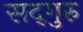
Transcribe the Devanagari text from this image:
सद्‍गुरु